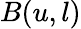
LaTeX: B(u,l)